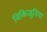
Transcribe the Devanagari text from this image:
विकिजूनियर